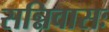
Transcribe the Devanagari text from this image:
सन्निवासः